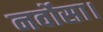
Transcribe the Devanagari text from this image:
नर्वोसा।